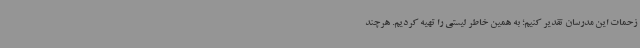
زحمات این مدرسان تقدیر کنیم؛ به همین خاطر لیستی را تهیه کردیم. هرچند